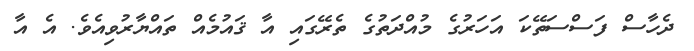
ދެހާސް ފަސްސަތޭކަ އަހަރުގެ މުއްދަތުގެ ތެރޭގައި އާ ޤައުމެއް ތައްޔާރުވިއެވެ. އެ އާ